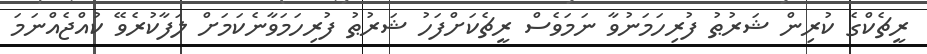
ރީޗެކްގެ ކުރިން ޝަރުޠު ފުރިހަމަނުވާ ނަމަވެސް ރީޗެކަށްފަހު ޝަރުޠު ފުރިހަމަވާނެކަމަށް ލަފާކުރެވޭ ކުއްޖެއްނަމަ